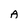
Character: A